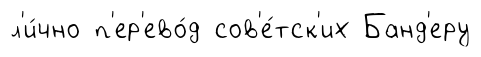
л'и́чно п'ер'ево́д сов'е́тск'их Банд'еру